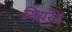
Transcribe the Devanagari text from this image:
नियरे॥